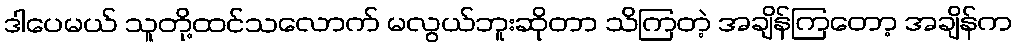
ဒါပေမယ် သူတို့ထင်သလောက် မလွယ်ဘူးဆိုတာ သိကြတဲ့ အချိန်ကြတော့ အချိန်က